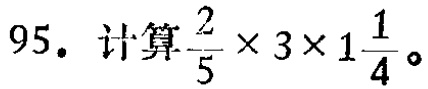
95. 计算$\frac{2}{5} \times 3\times 1\frac{1}{4}$。